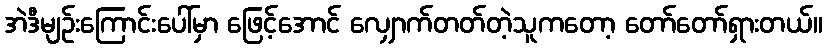
အဲဒီမျဉ်းကြောင်းပေါ်မှာ ဖြေင့်အောင် လျှောက်တတ်တဲ့သူကတော့ တော်တော်ရှားတယ်။